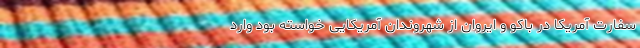
سفارت آمریکا در باکو و ایروان از شهروندان آمریکایی خواسته بود وارد